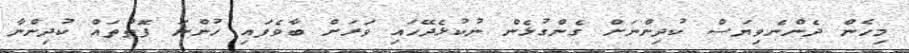
މިހެން ދެންނެވިޔަސް ކުދިންނަށް ގެންގުޅެން ނުކުޅެދޭހައި ވަރަށް ބާވެފައި ހުންނަ ފޮތްތައް ކުދިންނާ